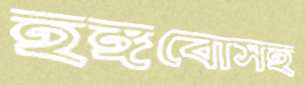
হঙ্গবোসহ